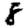
Digit: 8